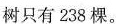
树只有238棵。